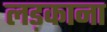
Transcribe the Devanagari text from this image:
लड़काना